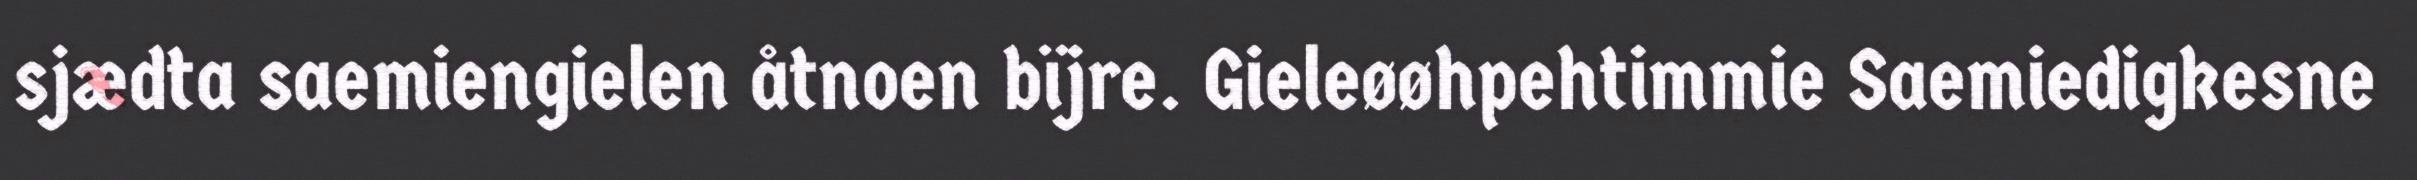
sjædta saemiengielen åtnoen bïjre. Gieleøøhpehtimmie Saemiedigkesne